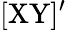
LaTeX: \mathrm{[XY]'}